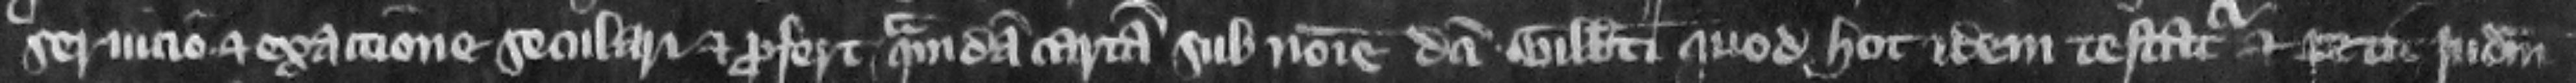
seruicio et exactione seculari. Et profert quamdam cartam sub nomine dicti Gilberti quod hoc idem testatur et petit iudicium